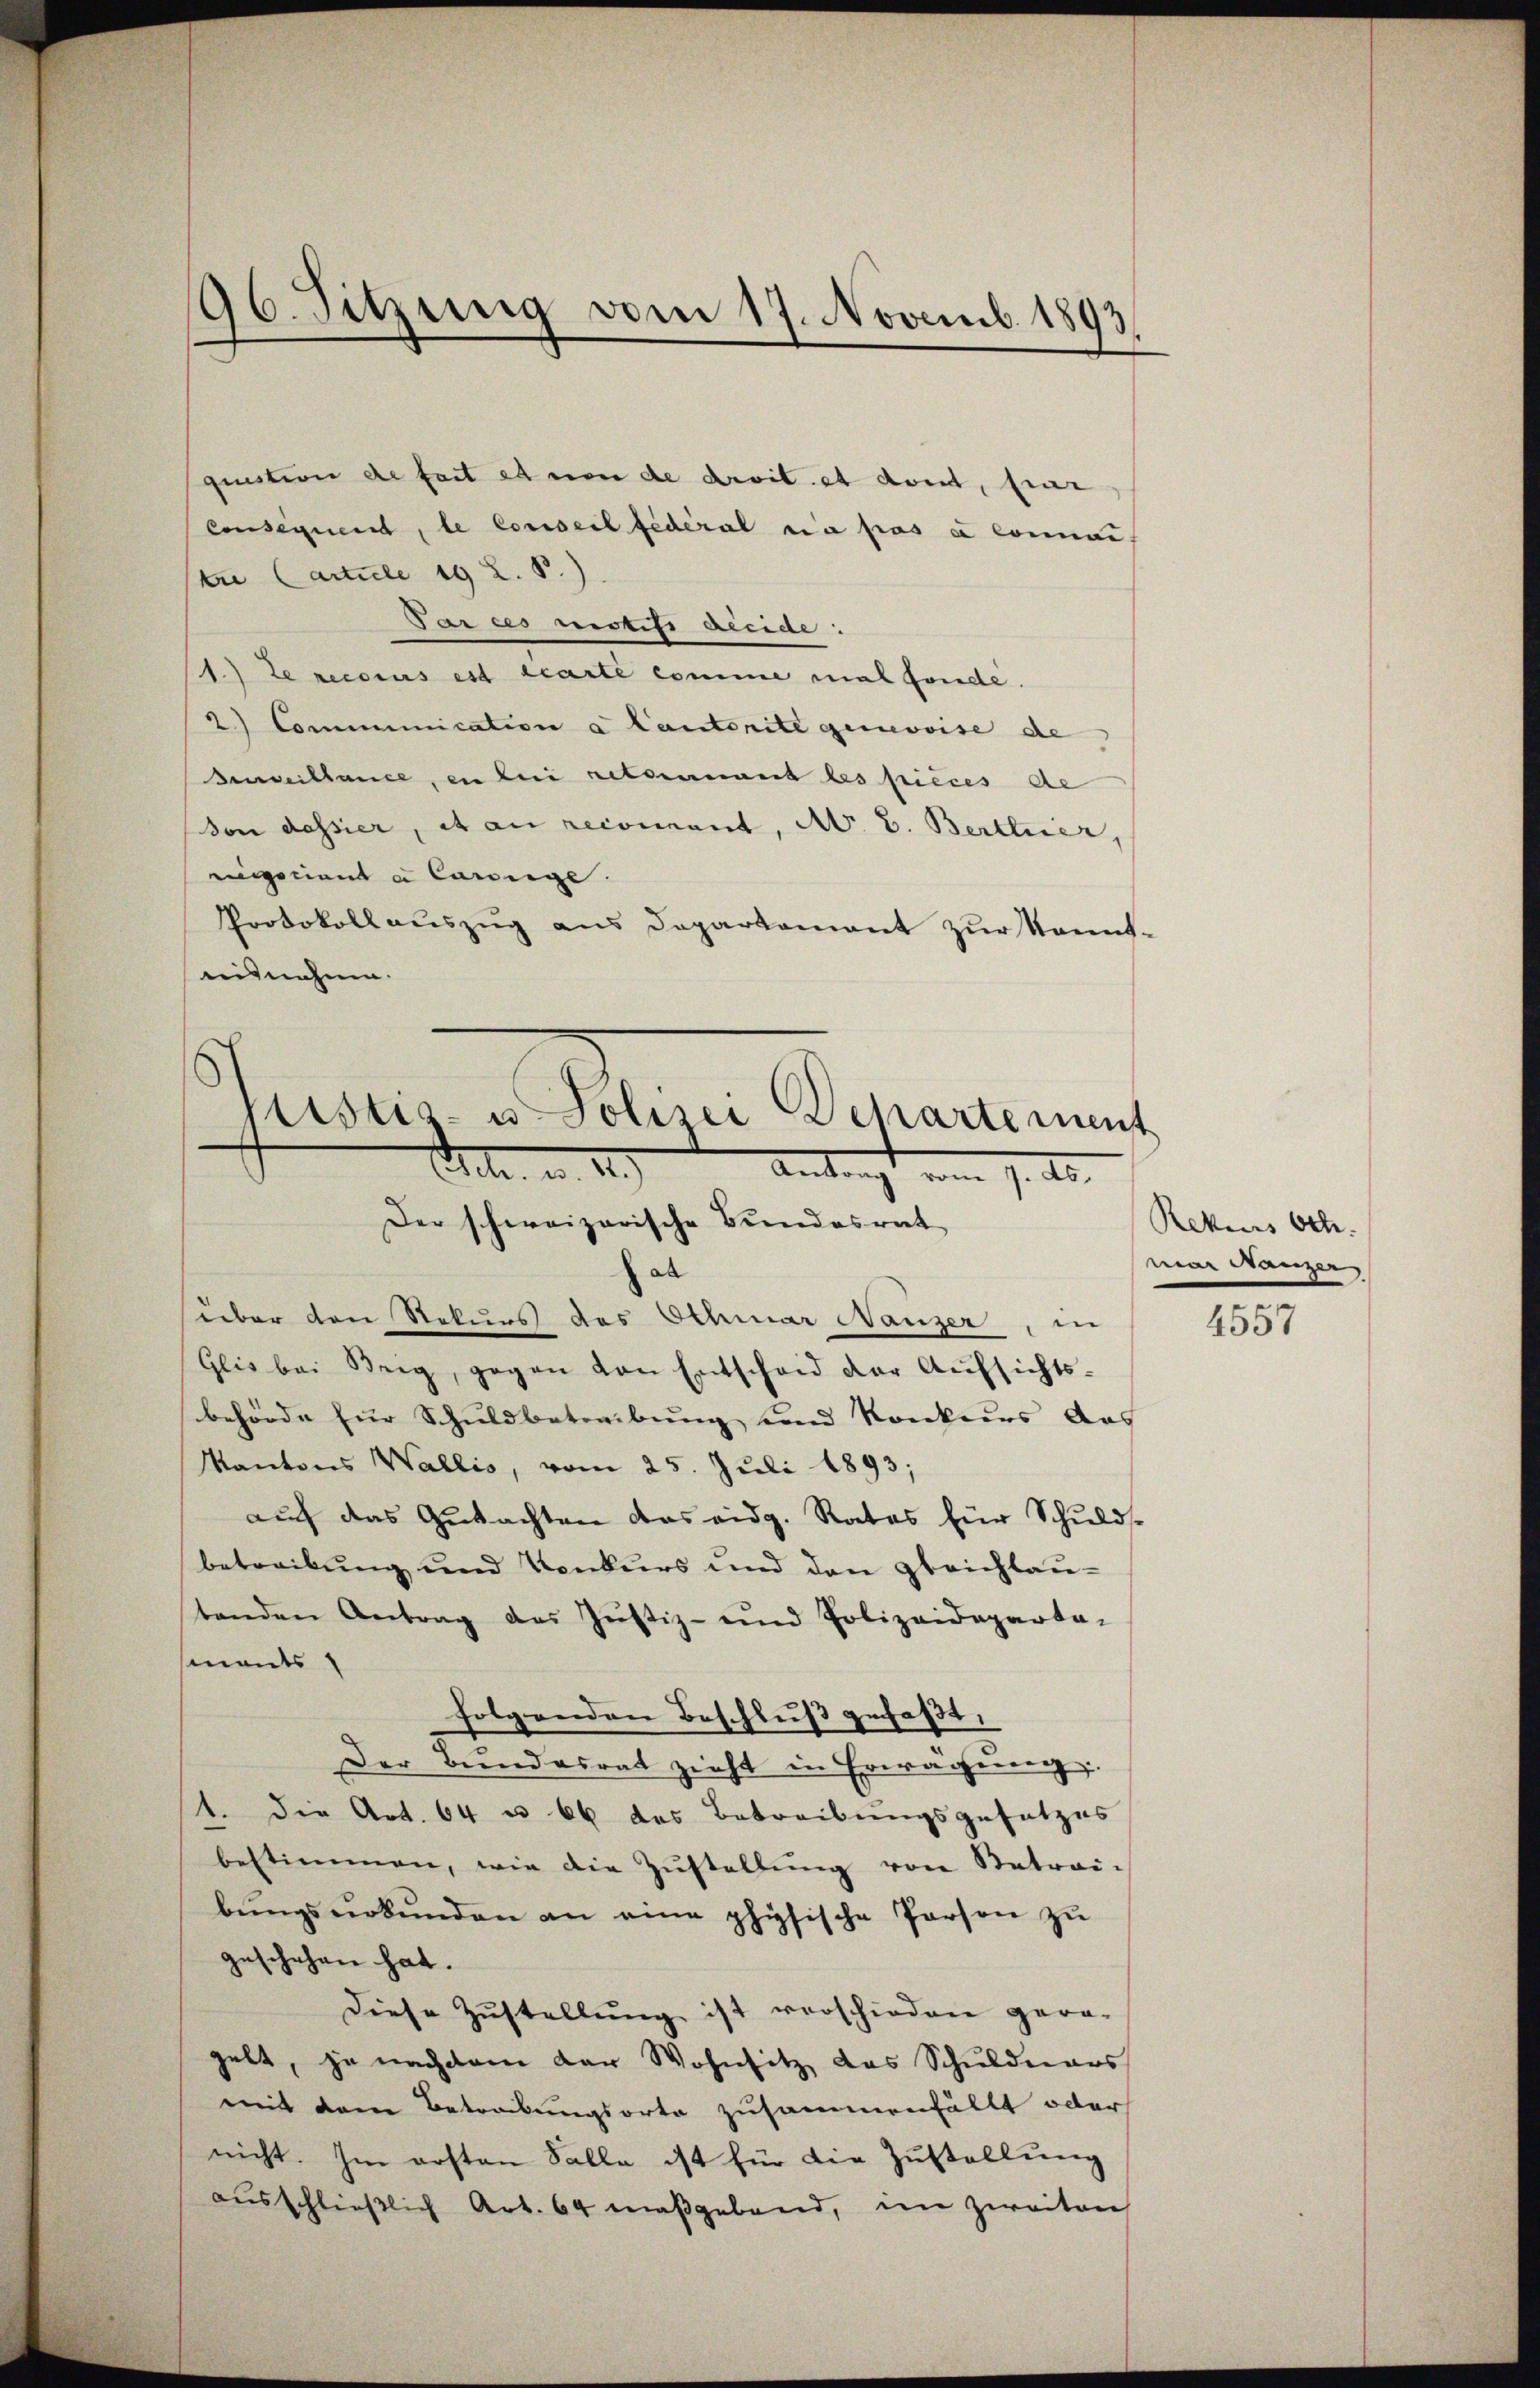
196. Sitzung vom 17. Novemb. 1893.

question de fast et von de devit et dort, hier
Consequent, le Conseil fédéral ein pas e connan
tre Carticle 19 Z. B.)
Parces mistiti accide:
1.) Le recours est gearte comme mal fonde.
2.) Communication a Cautorite gerovise de
Beveillance, en bei retoumet les pieces de
Von dassier, et an reconnant, M. D. Berttier,
griente Carige.
Protokollauszug aus Departement zur Kennt-
eisnahme.

Ristis- u Polizei Departement
Petr. u. 2.)
Antragt vom 7. ds.
Der schweizerische Bundesrat
ab

über den Rekurs des Othmar Nanzer, in
Glis bei Steig, gegen von Entscheid der Aŭfsichts-
behörde für Schuldbetreibung und Konkurs das
Kantons Wallis, vom 25. Juli 1893;
auf das Gutachten das eidg. Rates für Schulds-
betreibung und Konkurs und den gleichlau-
tenden Antrag des Jŭstiz- und Polizeideparta-
mants
folgenden Beschluß gefaßt:
Der Bundesrat zieht in Erwägung.
1. die Art. 64 u 66 des Betreibungsgesetzes
bestimmen, wie die Zŭstellŭng von Betrai-
bŭngsŭrkŭnden an eine physische Person zŭ
geschehen hat.
Diese Zŭstellŭng ist verschieden gera-
gelt, je nachdem der Wohnsitz das Schuldners
mit dem Betreibungsorte zusammenfällt oder
nicht. Im ersten Salle ist für die Zustellung
ausschließlich Art. 64 maßgebend, im zweiten

Rekens betr.
mar Manzer,

4557